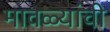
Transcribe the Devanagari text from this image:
मावळ्यांची